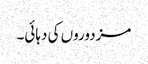
مزدوروں کی دہائی۔